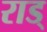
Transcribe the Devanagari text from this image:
राड्